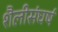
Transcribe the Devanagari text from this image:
शैलीसंघर्ष